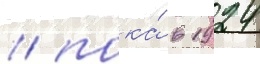
/ пока́ в 1924